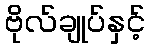
ဗိုလ်ချုပ်နှင့်